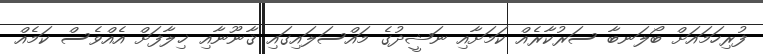
ފުރިހަމައަށް ބޯލަނބާ ސަރުކާރެއް ކަމަށާއި ނަޝީދުގެ މައްސަލައިގައި ޤާނޫނާއި ޚިލާފަށް އެއްވެސް ކަމެއް